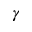
\gamma